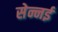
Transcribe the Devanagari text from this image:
सेन्नई